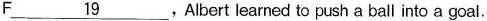
F\underline{19},Albert learned to push a ball into a goal.